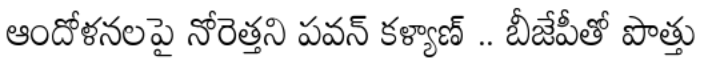
ఆందోళనలపై నోరెత్తని పవన్ కళ్యాణ్ .. బీజేపీతో పొత్తు